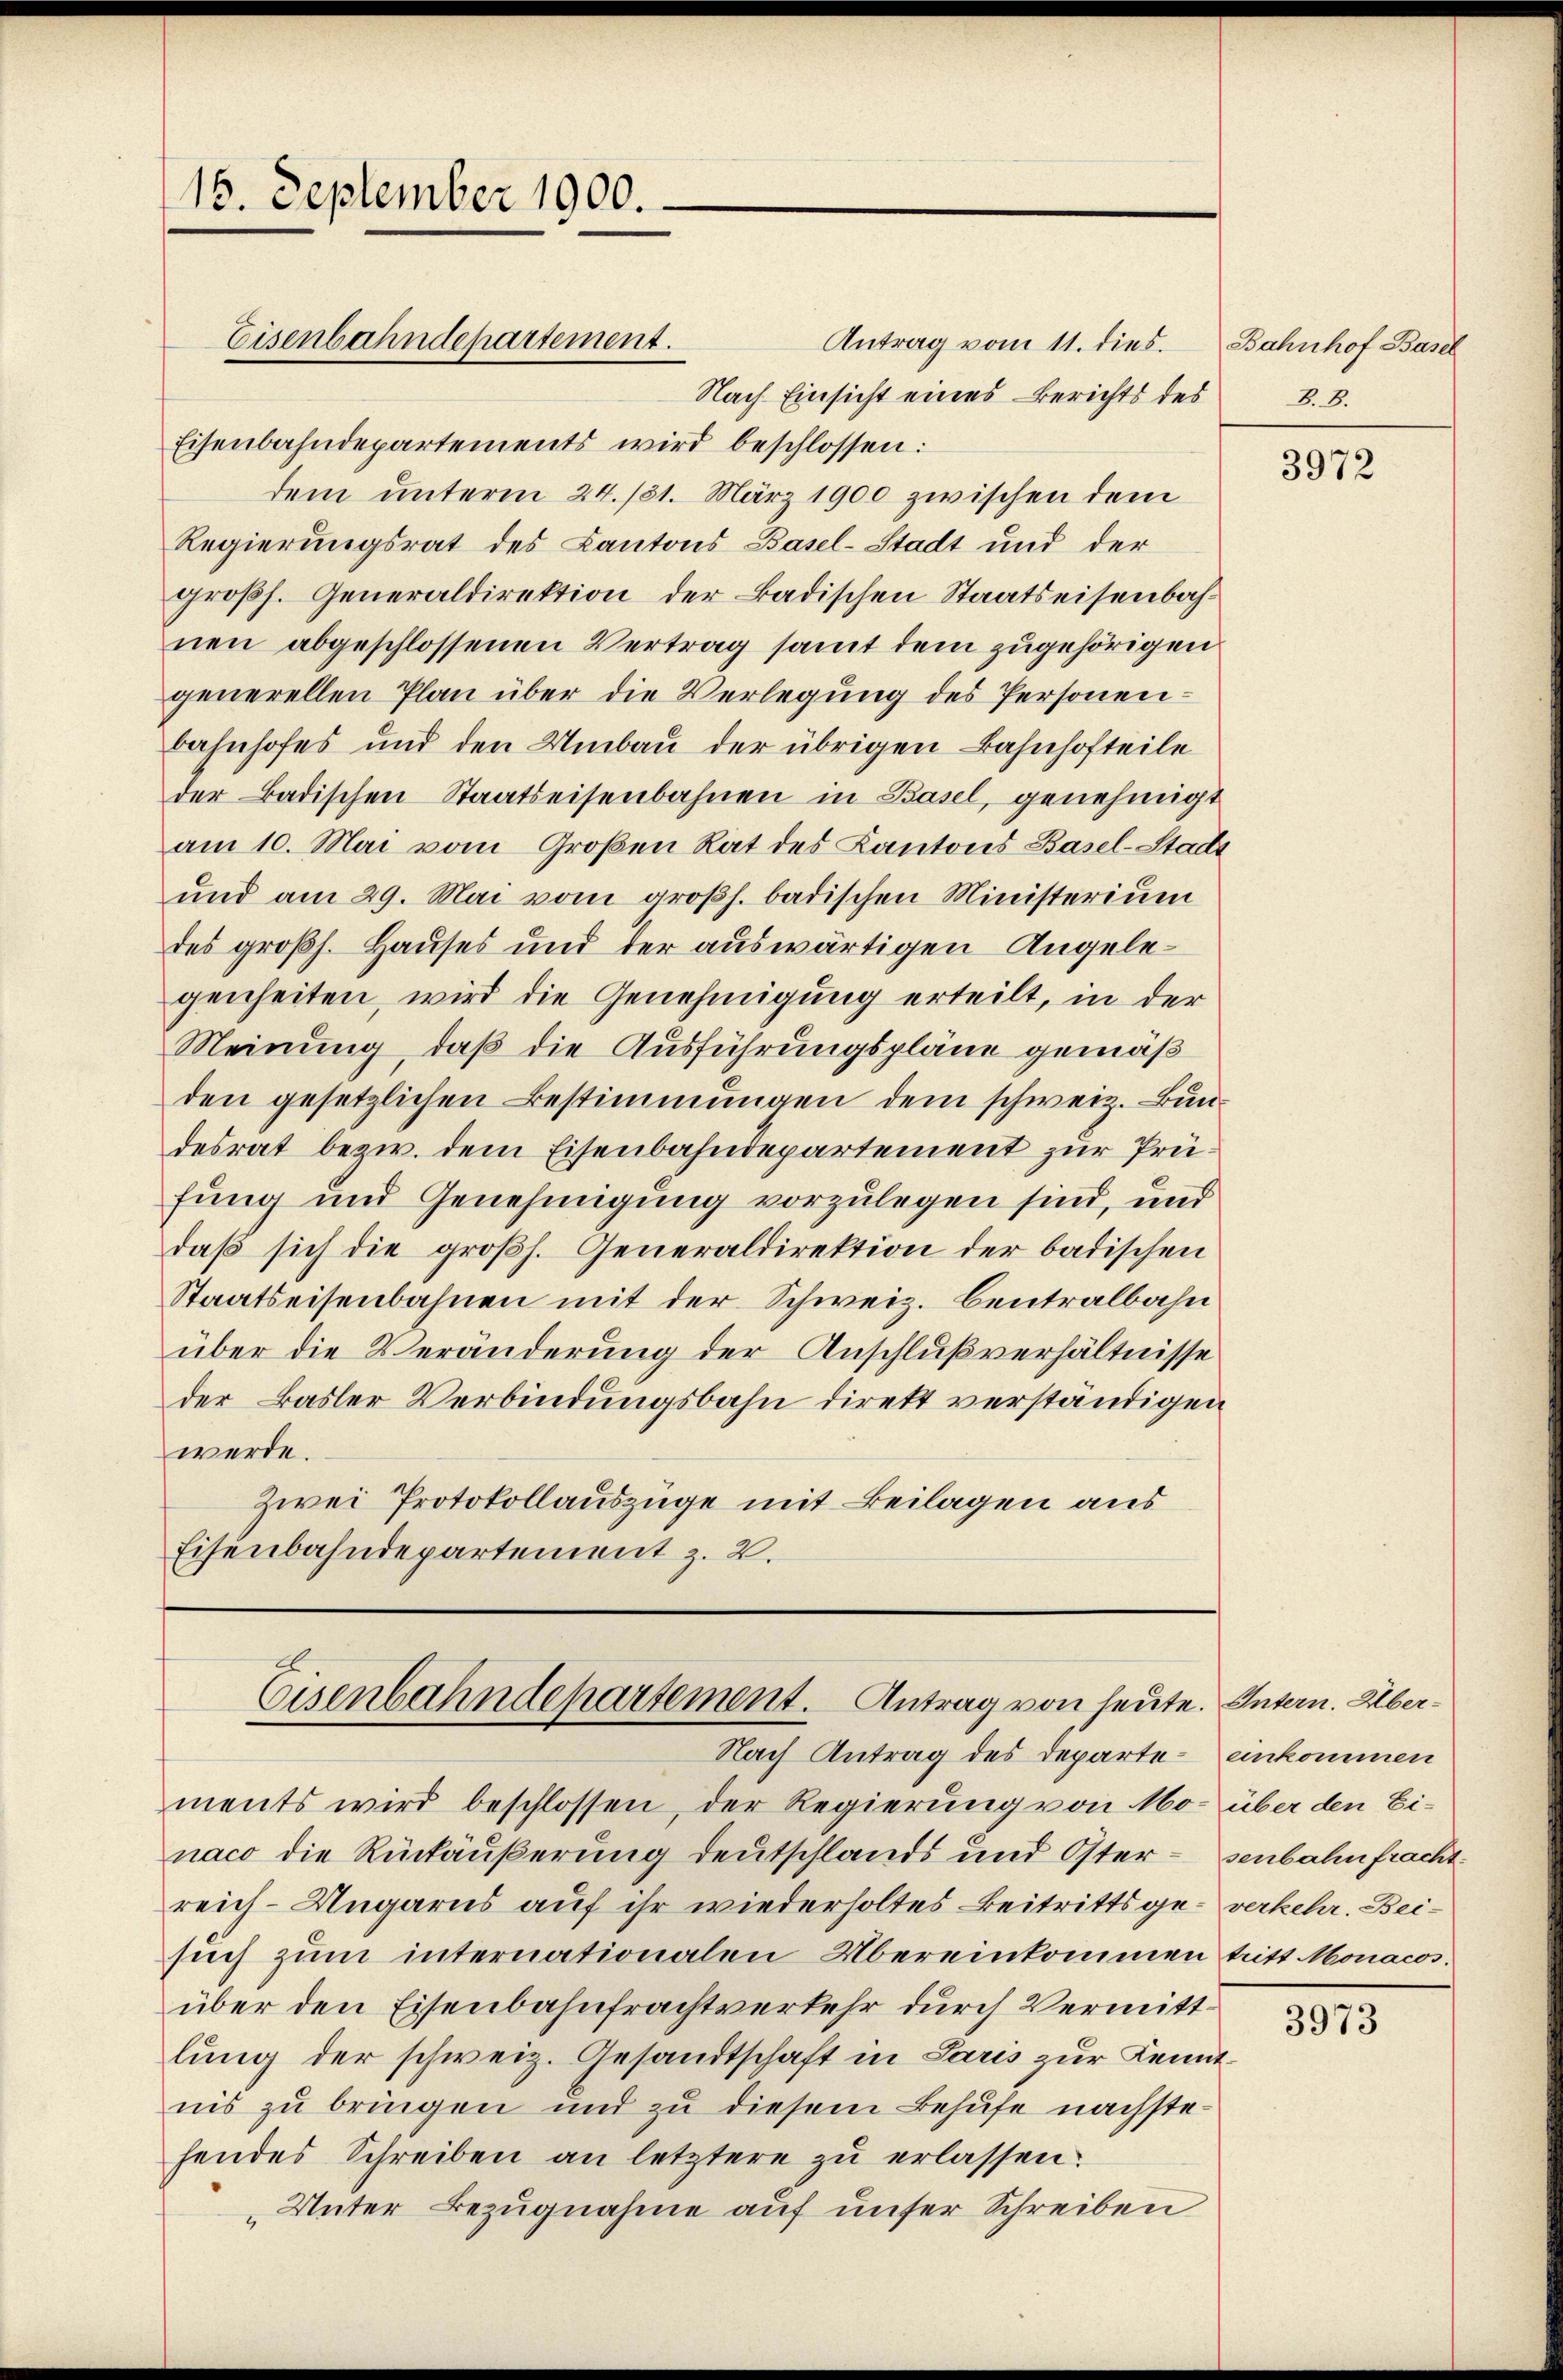
16. September 1900.
Eisenbahndepartement.

Antrag vom 11. dies
Nach Einsicht eines Berichts des
Eisenbahndepartements wird beschlossen:
dem unterm 24. 131. März 1900 zwischen dem
Regierungsrat des Cantons Basel-Stadt und der
großh. Generaldirektion der Badischen Staatseisenbahnen abgeschlossenen Vertrag samt dem zugehörigen
generellen Plan über die Verlegung des Personen¬
Bahnhofes und den Umbau der übrigen Bahnhofteile
der Badischen Staatseisenbahnen in Basel, genehmigt
am 10. Mai vom Großen Rat des Kantons Basel-Stadt
und am 29. Mai vom großh. badischen Ministerium
des großh. Hauses und der auswärtigen Angelegenheiten, wird die Genehmigung erteilt, in der
Meinung, daß die Ausführungspläne gemäß
den gesetzlichen Bestimmungen dem schweiz. Bundesrat bezw. dem Eisenbahndepartement zur Prüfung und Genehmigung vorzulegen sind, und
daβ sich die groβh. Generaldirektion der badischen
Staatseisenbahnen mit der Schweiz. Centralbahn
über die Veränderung der Anschlußverhältnisse
der Basler Verbindungsbahn direkt verständigen
werde.
Zwei Protokollauszüge mit Beilagen aus
Eisenbahndepartement z. B.

ments wird beschlossen, der Regierung von Mo- über den Einaco die Rückäußerung deutschlands und Oster - senbahn fracht.
reich-Ungarns auf ihr wiederholtes Beitrittsge- verkehr. Beisuch zum internationalen Übereinkommen tritt Monacos.
über den Eisenbahnfrachtverkehr durch Vermittlung der schweiz. Gesandtschaft in Paris zur Kenntnis zu bringen und zu diesem Behufe nachstehendes Schreiben an letztere zu erlassen.
„Unter Bezugnahme auf unser Schreiben

Eisenbahndepartement. Antrag von heute. Intern. Über¬
Nach Antrag des Departe einkommen

Bahnhof Basel
2.8.

3972

1